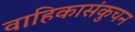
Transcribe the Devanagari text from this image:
वाहिकासंकुचन